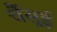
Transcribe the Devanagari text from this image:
चैंसूई